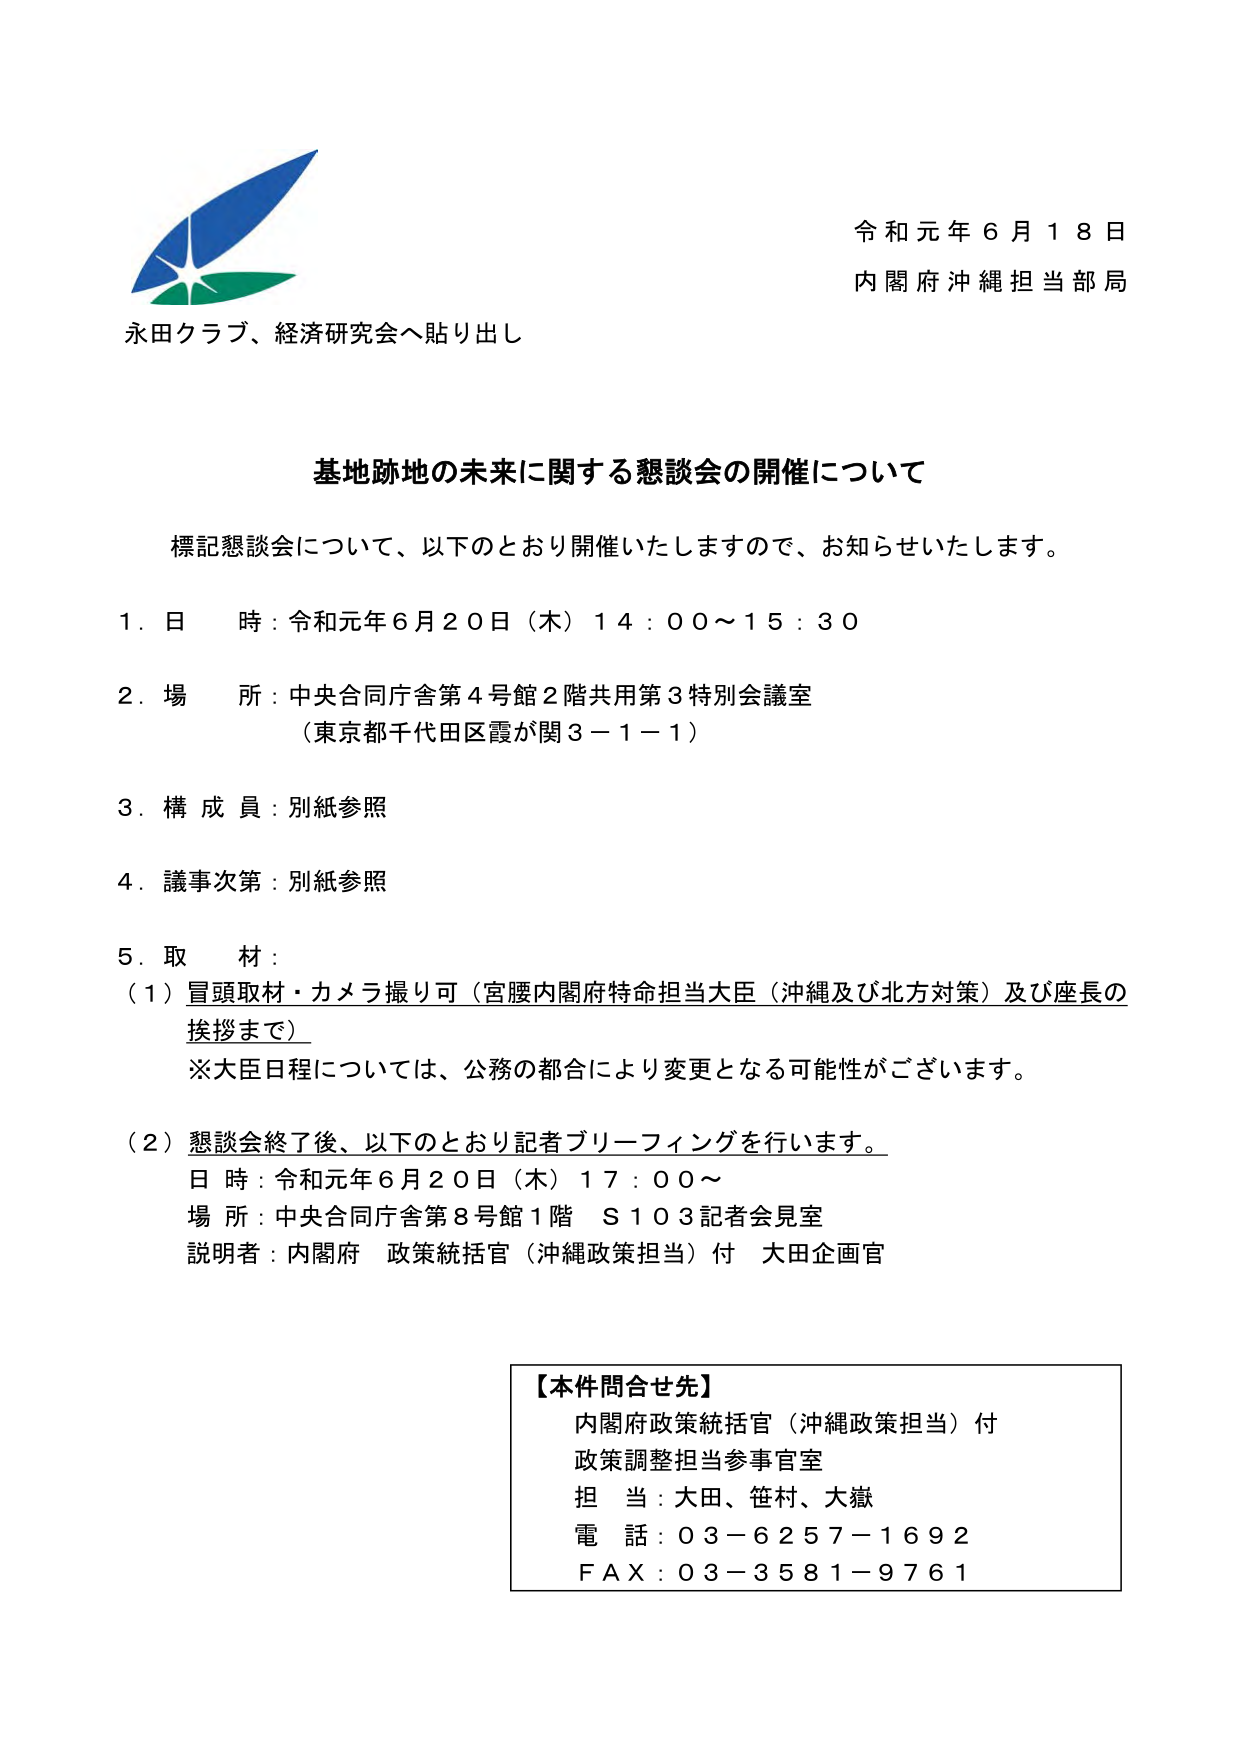
令和元年６月１８日
内閣府沖縄担当部局

永田クラブ、経済研究会へ貼り出し

基地跡地の未来に関する懇談会の開催について

標記懇談会について、以下のとおり開催いたしますので、お知らせいたします。

１．日 時：令和元年６月２０日（木）１４：００～１５：３０

２．場 所：中央合同庁舎第４号館２階共用第３特別会議室
（東京都千代田区霞が関３－１－１）

３．構 成 員：別紙参照

４．議事次第：別紙参照

５．取 材：
（１）冒頭取材・カメラ撮り可（宮腰内閣府特命担当大臣（沖縄及び北方対策）及び座長の挨拶まで）
※大臣日程については、公務の都合により変更となる可能性がございます。

（２）懇談会終了後、以下のとおり記者ブリーフィングを行います。
日 時：令和元年６月２０日（木）１７：００～
場 所：中央合同庁舎第８号館１階 Ｓ１０３記者会見室
説明者：内閣府 政策統括官（沖縄政策担当）付 大田企画官

【本件問合せ先】
内閣府政策統括官（沖縄政策担当）付
政策調整担当参事官室
担 当：大田、笹村、大嶽
電 話：０３－６２５７－１６９２
ＦＡＸ：０３－３５８１－９７６１